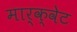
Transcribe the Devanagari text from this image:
मार्क्वेट